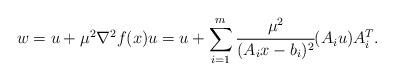
LaTeX: \begin{align*} w=u + \mu^2 \nabla^2 f(x)u = u + \sum\limits_{i=1}^m \cfrac{\mu^2}{(A_ix-b_i)^2} (A_i u) A_i^T.\end{align*}